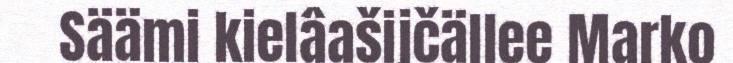
Säämi kielâašijčällee Marko